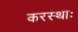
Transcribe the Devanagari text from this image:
करस्थाः